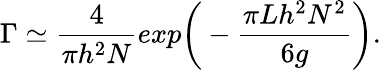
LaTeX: \Gamma\simeq\frac{4}{\pi h^{2}N}exp\bigg(-\frac{\pi Lh^{2}N^{2}}{6g}\bigg).